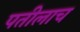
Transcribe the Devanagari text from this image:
पतीलाच